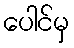
ပေါင်မှ